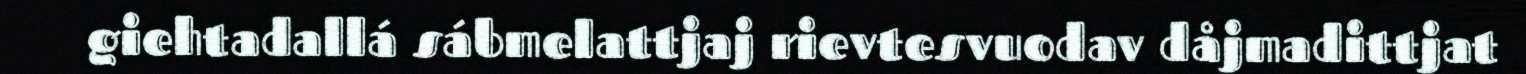
giehtadallá sábmelattjaj rievtesvuodav dåjmadittjat